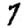
Digit: 7